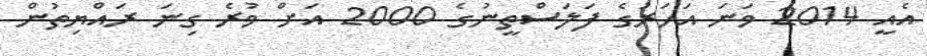
އެއީ 2014 ވަނަ އަހަރުގެ ފަލަސްތީނުގެ 2000 އަށް ވުރެ ގިނަ ރައްޔިތުން